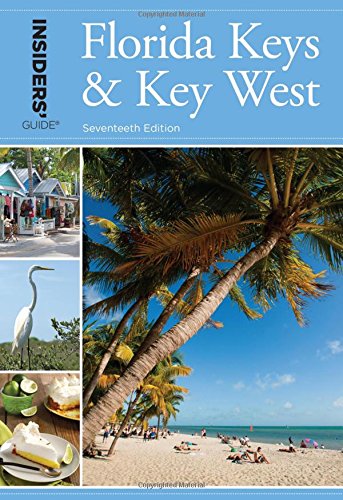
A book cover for Insiders' GuideÂ® to Florida Keys & Key West (Insiders' Guide Series); Juliet Gray; Travel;